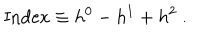
\mathrm { I n d e x } \equiv h ^ { 0 } - h ^ { 1 } + h ^ { 2 } \ .